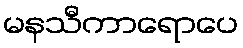
မနသီကာရောပေ